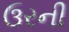
ઉરની